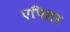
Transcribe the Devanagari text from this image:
एपिसर